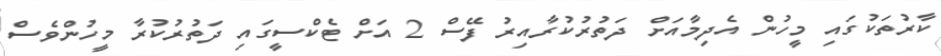
ކާރުތަކުގައި މީހުން އެދިމާއަށް ދަތުރުކުރާއިރު ފޭސް 2 އަށް ޓެކްސީގައި ދަތުރުކުރާ މީހުންވެސް